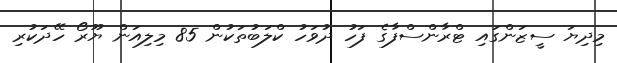
މިދިޔަ ސީޒަންގައި ޓްރާންސްފާގެ ފަހު ދުވަހު ކްލަބުތަކުން 85 މިލިއަން ޔޫރޯ ހޭދަކުރި